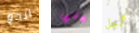
الجو علي أجل